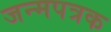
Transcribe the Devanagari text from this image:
जन्मपत्रक